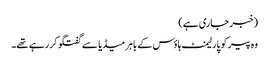
(خبر جاری ہے)
وہ پیر کو پارلیمنٹ ہاؤس کے باہر میڈیا سے گفتگو کر رہے تھے۔